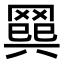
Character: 𦋭